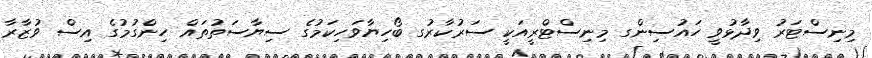
މިނިސްޓަރު ވިދާޅުވީ ހައުސިންގ މިނިސްޓްރީއަކީ ސަރުކާރުގ ބޯހިޔާވަހިކަމުގެ ސިޔާސަތުތައް ހިންގުމުގެ އިސް ވުޒާރާ